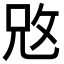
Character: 𢼙